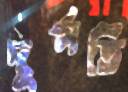
দুর্গতি